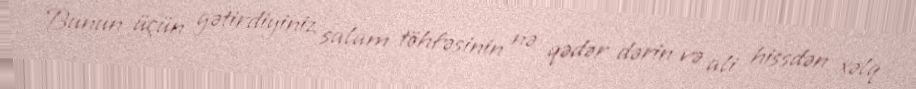
Bunun üçün gətirdiyiniz salam töhfəsinin nə qədər dərin və ali hissdən xəlq